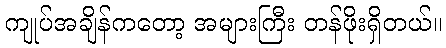
ကျုပ်အချိန်ကတော့ အများကြီး တန်ဖိုးရှိတယ်။